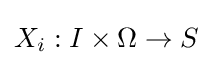
X_{i}:I\times \Omega \to S